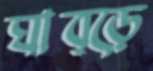
ঘাব্‌ড়ে